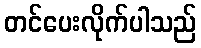
တင်ပေးလိုက်ပါသည်